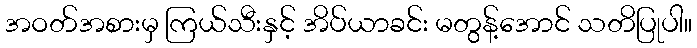
အဝတ်အစားမှ ကြယ်သီးနှင့် အိပ်ယာခင်း မတွန့်အောင် သတိပြုပါ။